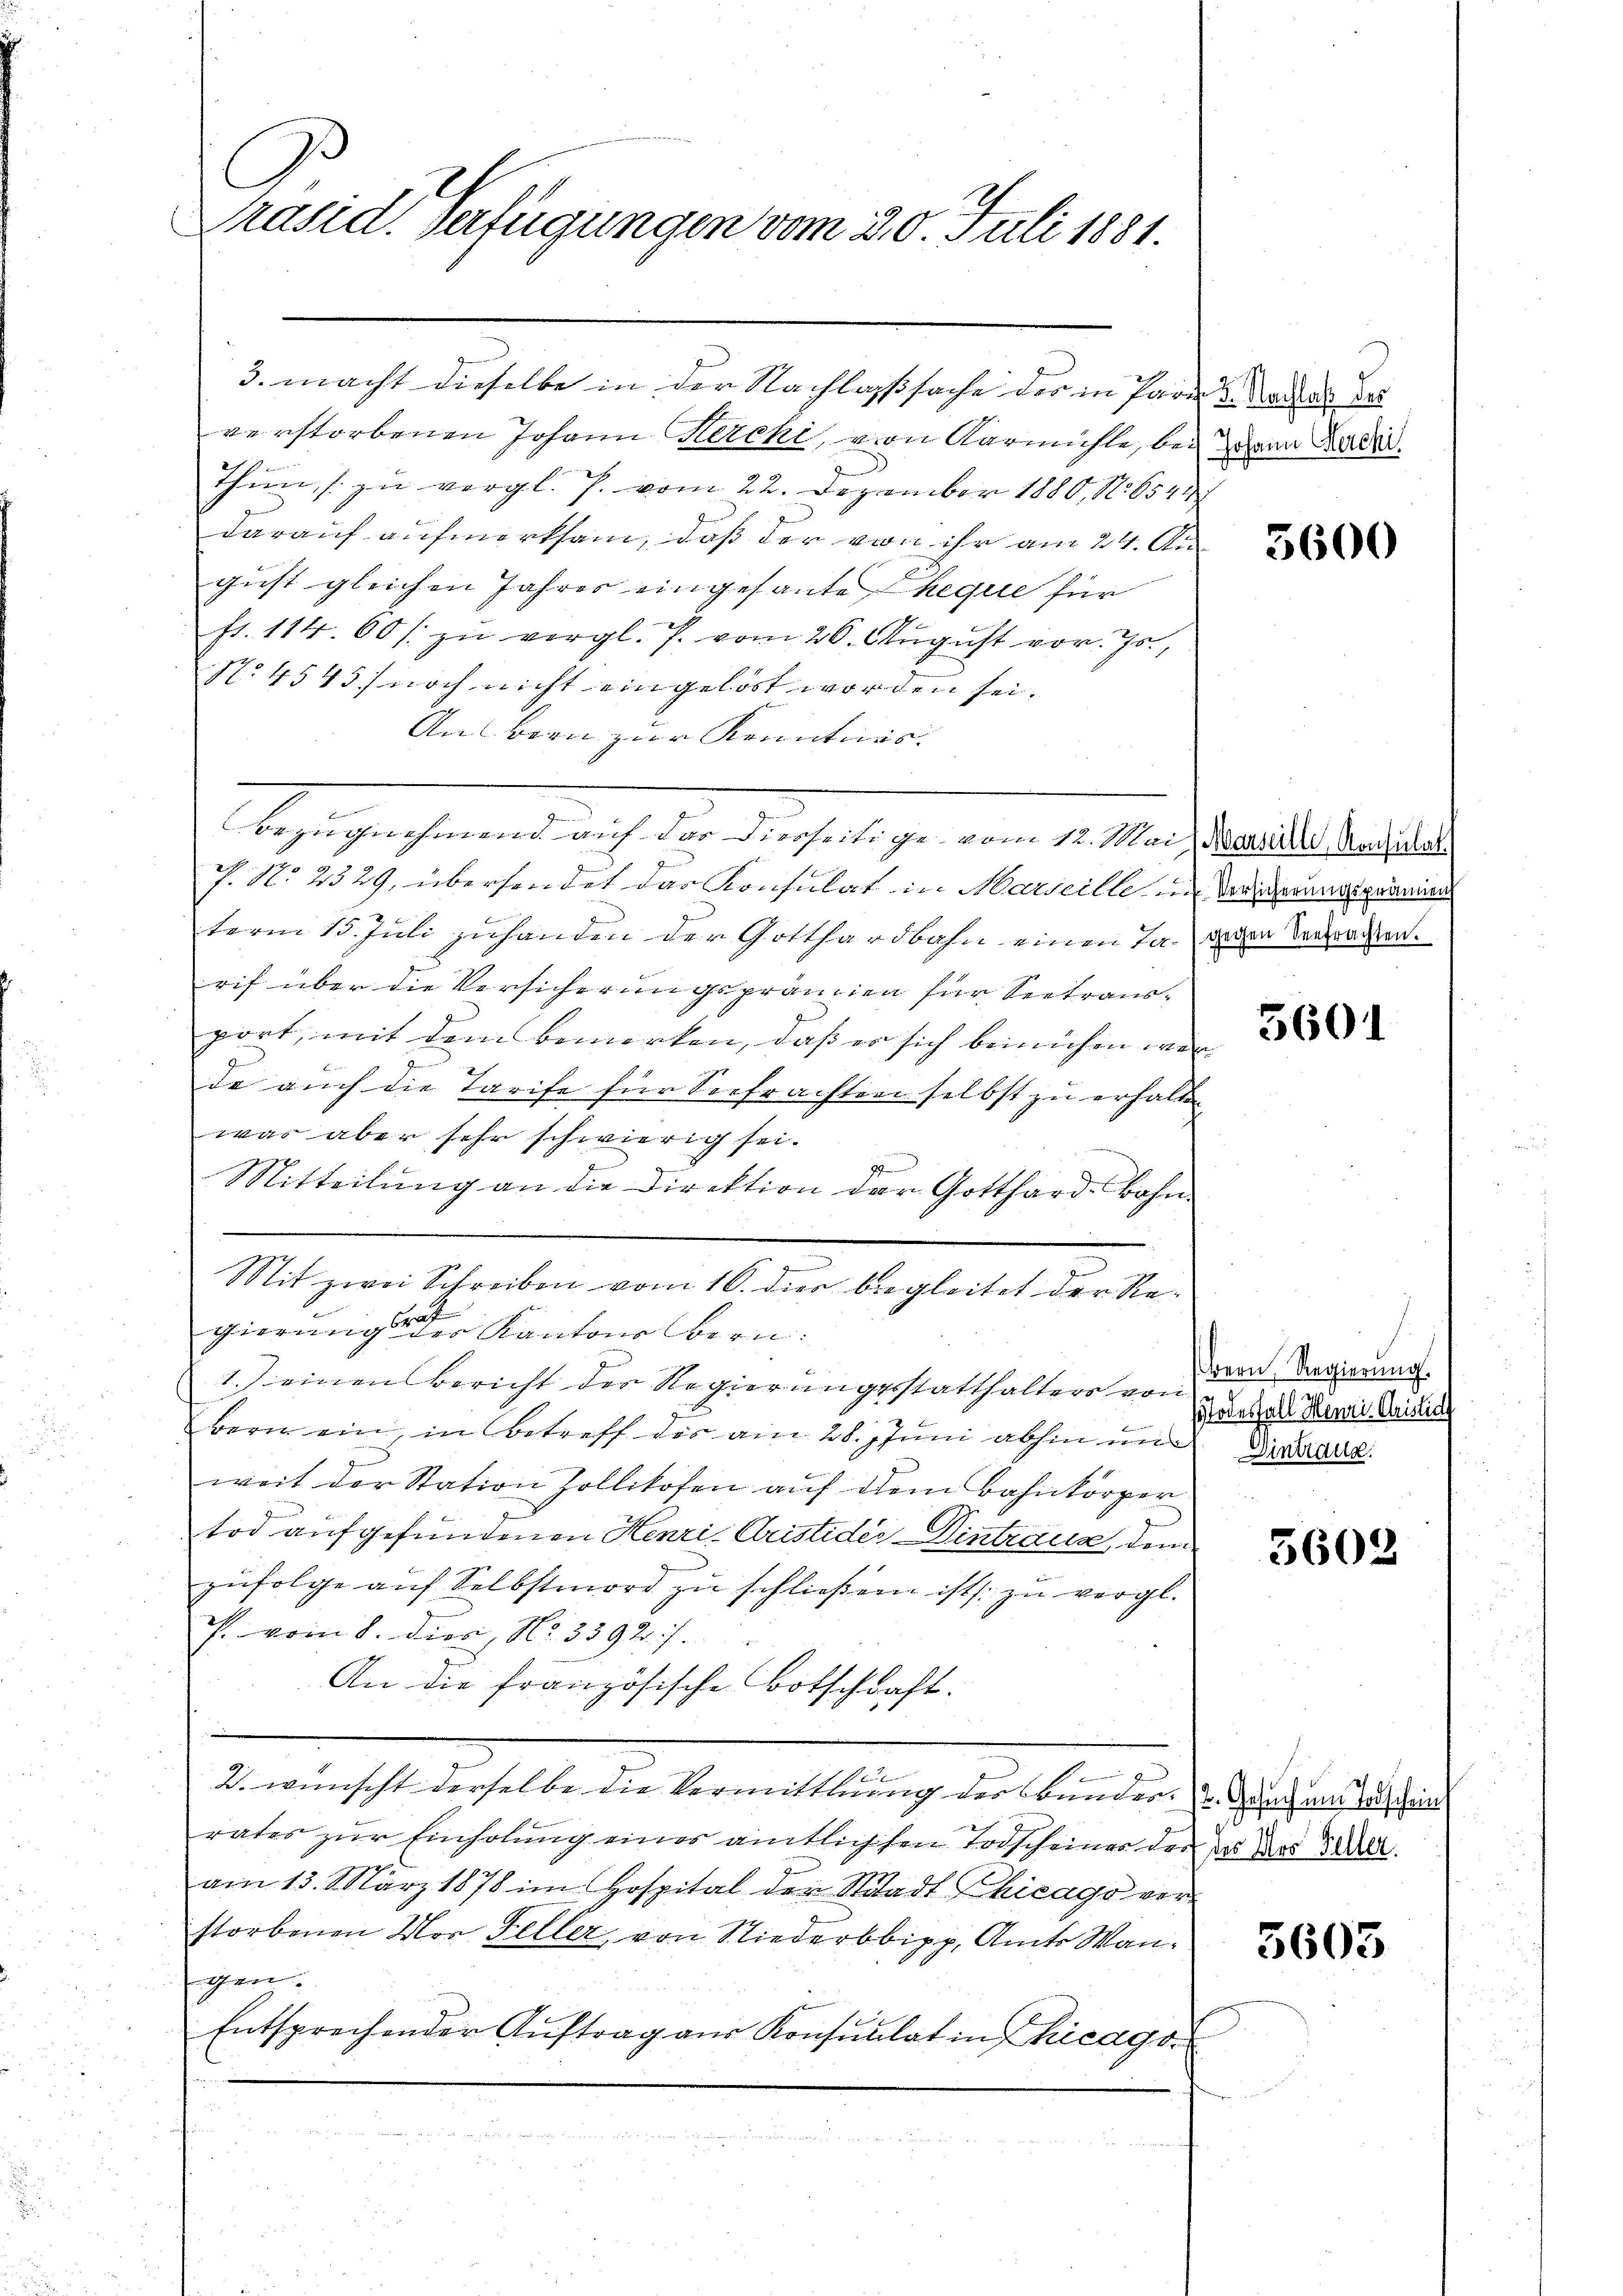
Präsid. Verfügungen vom 30. Juli 1881.

3. macht dieselbe in der Nachlagssache der in Parade des
verstorbenen Johann Kercki, von Aarmühle, bei dann Badi¬
Thun, zu vergl. J. vom 22. Dezember 1880, N. 6544
darauf aufmerksam, daß der von ihr am 24. August gleichen Jahres eingesante heque für
fr. 114. 60 / zu vergl. P. vom 26. August vor. Js.,
No. 4545) noch nicht eingelöst worden sei.
An vorn zur Kenntnis
Bezugnehmend auf der Diesseitige vom 12. Mai Marie Nachlat
P. No 2329, übersendet das Konsulat in Marseille, u. Weigerungsprämien
term 15. Juli zuhanden der Gotthardbahn einen Tag gegen Verbrachten.
rif über die Versicherungsprämien für Seetrausport, mit dem bemerken, daß es sich beimühen werde auch die Tarife für Seefrachten selbst zu erhalte
was aber sehr schwierig sei.
Mitteilung an die Direktion der Gotthard-Bahn
Mit zwei Schreiben vom 16. dies begleitet der Regierungs der Kantons Bern.
1.) einen Bericht der Regierŭngsstatthaltere von Davernac
bern ein, in Betreff des am 28. Juni abhin und
weit der Station Zollikofen auf dem Bahnkörper
tod aufgefundenen Henri Aristider Eintrauz, dem
zŭfolge auf Selbstmord zu schließern ist zu vergl.
. vom 8. dies, No. 3392).
An die französische Botschaft.
2. wünscht derselbe die Vermittlung der Bunder.  Gang und das hei
rates zur Einholung eines amtlichsen Todscheiner der der das 20.
am 13. März 1878 im Hospital der Stadt Chicago vorstorbenen Vor Feller, von Niederbbipp, Amts Wangen.
Entsprechender Aŭftrag aŭs Konsulatin hicago

5600

5601

Todesfall Henri. Geistia
Dintraue.

5602

5603